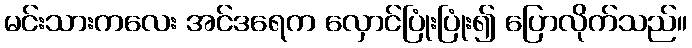
မင်းသားကလေး အင်ဒရေက လှောင်ပြုံးပြုံး၍ ပြောလိုက်သည်။